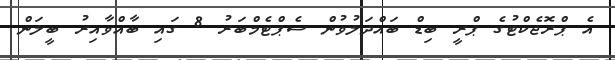
އެ ޕްރޮޖެކްޓުގެ ޕްރީ ބިޑް ބައްދަލުވުން ސެޕްޓެމްބަރު 8 ގައި ބާއްވާއިރު ބީލަން